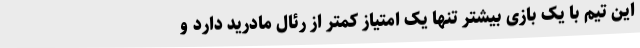
این تیم با یک بازی بیشتر تنها یک امتیاز کمتر از رئال مادرید دارد و